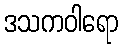
ဒသကဝါရော